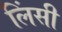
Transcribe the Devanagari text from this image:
लिंसी